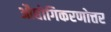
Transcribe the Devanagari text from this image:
औद्योगिकरणोत्तर